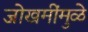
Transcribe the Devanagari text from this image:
जोखमींमुळे